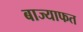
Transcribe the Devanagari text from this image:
बाज्याफत